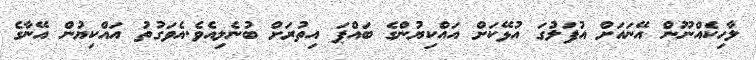
ލާހިކެއްނޫން އޭނައަށް އުފަލުގަ އުޅޭކަށް އައްކިޔުންގެ ބައްޕަ އިތުރަށް ބުނެލިއެވެ.އެވަގުތު އައްކިޔުން އޭނާގެ